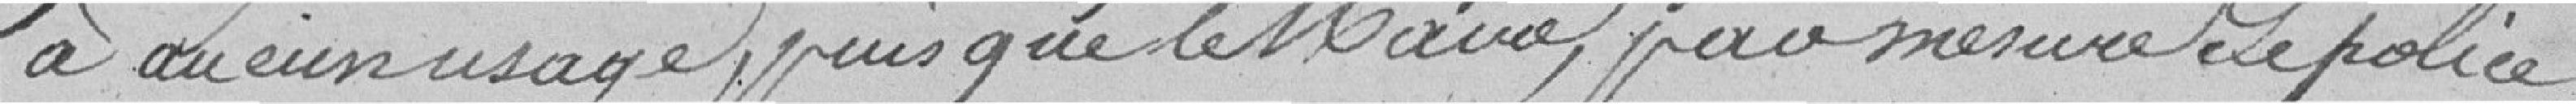
à aucun usage depuis que le Maire, par mesure de police